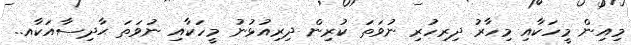
މިއިން މީހަކާއި މިހާރު ދިރިހުރި ނުވަތަ ކުރިން ދިރިއުޅުނު މީހަކާއި ނުވަތަ ޙާދިސާއަކާއ..